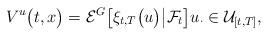
LaTeX: \begin{align*} & V^{u}\bigl(t, x\bigr) = \mathcal{E}^{G} \bigl[\xi_{t,T} \bigl(u\bigr) \bigl \vert \mathcal{F}_t \bigr] u_{\cdot} \in \mathcal{U}_{[t,T]}, \end{align*}